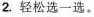
2.轻松选一选。